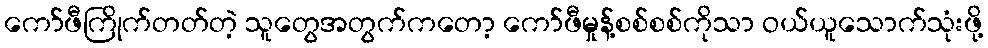
ကော်ဖီကြိုက်တတ်တဲ့ သူတွေအတွက်ကတော့ ကော်ဖီမှုန့်စစ်စစ်ကိုသာ ဝယ်ယူသောက်သုံးဖို့